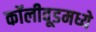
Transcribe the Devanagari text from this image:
कॉलीवूडमध्ये